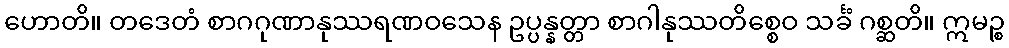
ဟောတိ။ တဒေတံ စာဂဂုဏာနုဿရဏဝသေန ဥပ္ပန္နတ္တာ စာဂါနုဿတိစ္စေဝ သင်္ခံ ဂစ္ဆတိ။ ဣမဉ္စ